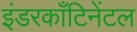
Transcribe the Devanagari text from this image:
इंडरकाँटिनेंटल